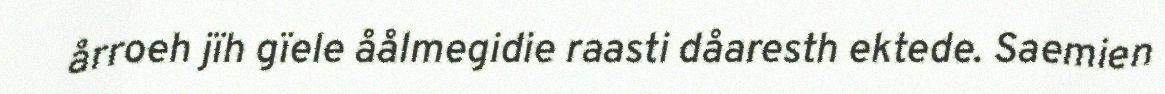
årroeh jïh gïele åålmegidie raasti dåaresth ektede. Saemien